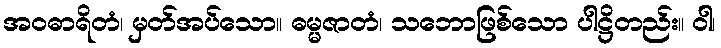
အဝဓာရိတံ၊ မှတ်အပ်သော။ ဓမ္မဇာတံ၊ သဘောဖြစ်သော ပါဋ္ဌိတည်း။ ဝါ၊